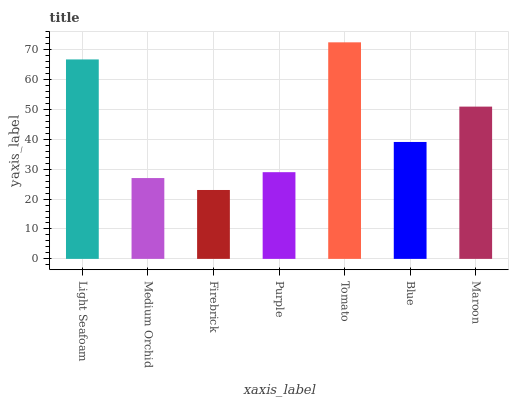
| xaxis_label | bars |
 | --- | --- |
 | Light Seafoam | 66.7 |
 | Medium Orchid | 27 |
 | Firebrick | 23 |
 | Purple | 29 |
 | Tomato | 72.4 |
 | Blue | 39.1 |
 | Maroon | 50.9 |